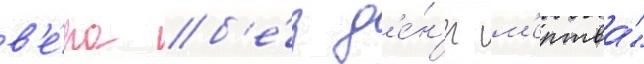
в'е́ра б'е́з д'е́н'ег м'ертва́"